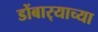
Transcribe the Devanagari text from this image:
डोंबार्‍याच्या